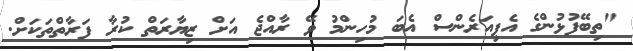
"ތިބޭފުޅުންގެ އެޕިއަރެންސް އެބަ މުހިންމު ވޭ ރާއްޖެ އަށް ޒިޔާރަތް ކުރާ ފަރާތްތަކަށް.